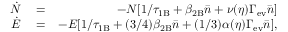
\begin{array} { r l r } { \dot { N } } & { { } = } & { - N [ 1 / \tau _ { \mathrm { 1 B } } + \beta _ { \mathrm { 2 B } } \bar { n } + \nu ( \eta ) \Gamma _ { \mathrm { e v } } \bar { n } ] } \\ { \dot { E } } & { { } = } & { - E [ 1 / \tau _ { \mathrm { 1 B } } + ( 3 / 4 ) \beta _ { \mathrm { 2 B } } \bar { n } + ( 1 / 3 ) \alpha ( \eta ) \Gamma _ { \mathrm { e v } } \bar { n } ] , } \end{array}